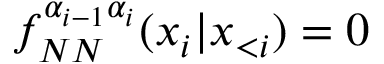
f _ { N N } ^ { \alpha _ { i - 1 } \alpha _ { i } } ( x _ { i } | \boldsymbol x _ { < i } ) = 0